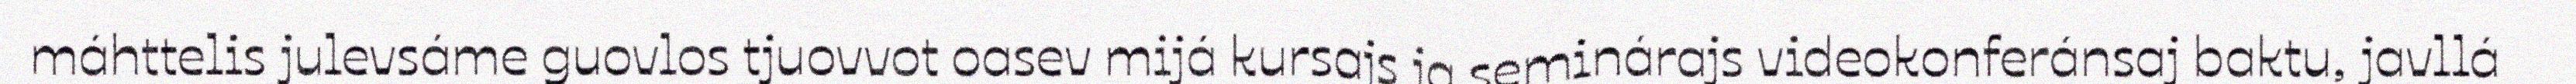
máhttelis julevsáme guovlos tjuovvot oasev mijá kursajs ja seminárajs videokonferánsaj baktu, javllá